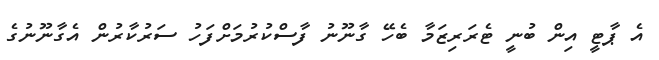
އެ ޕާޓީ އިން ބުނީ ޓެރަރިޒަމާ ބެހޭ ގާނޫނު ފާސްކުރުމަށްފަހު ސަރުކާރުން އެގާނޫނުގެ